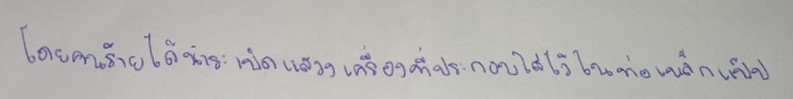
โดยคนร้ายได้นำระเบิดแสวงเครื่องที่ประกอบใส่ไว้ในท่อเหล็กแป๊ป